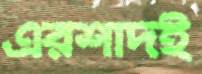
এরশাদই